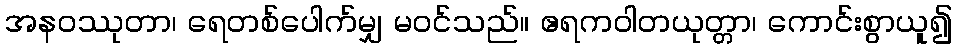
အနဝဿုတာ၊ ရေတစ်ပေါက်မျှ မဝင်သည်။ ဧရကဝါတယုတ္တာ၊ ကောင်းစွာယူ၍